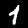
Digit: 1